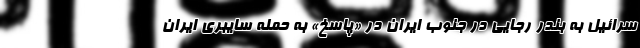
سرائیل به بندر رجایی در جنوب ایران در «پاسخ» به حمله سایبری ایران